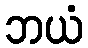
ဘယံ